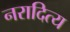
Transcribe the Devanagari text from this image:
नरादित्य